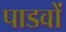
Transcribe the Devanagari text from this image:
पाडवों